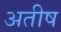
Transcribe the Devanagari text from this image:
अतीष